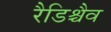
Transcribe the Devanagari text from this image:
रैडिश्चैव